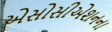
એસોસીએશનના